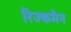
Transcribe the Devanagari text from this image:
रिज्कमैन